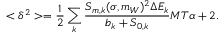
< \delta ^ { 2 } > = \frac { 1 } { 2 } \sum _ { k } \frac { S _ { m , k } ( \sigma , m _ { W } ) ^ { 2 } \Delta E _ { k } } { b _ { k } + S _ { 0 , k } } M T \alpha + 2 .